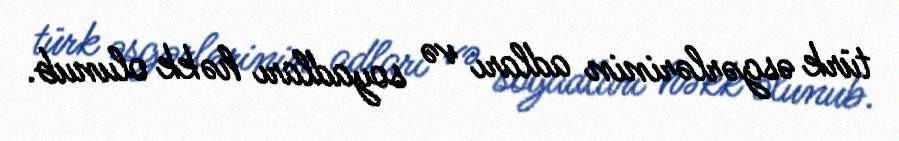
türk əsgərlərinin adları və soyadları həkk olunub.